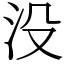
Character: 没